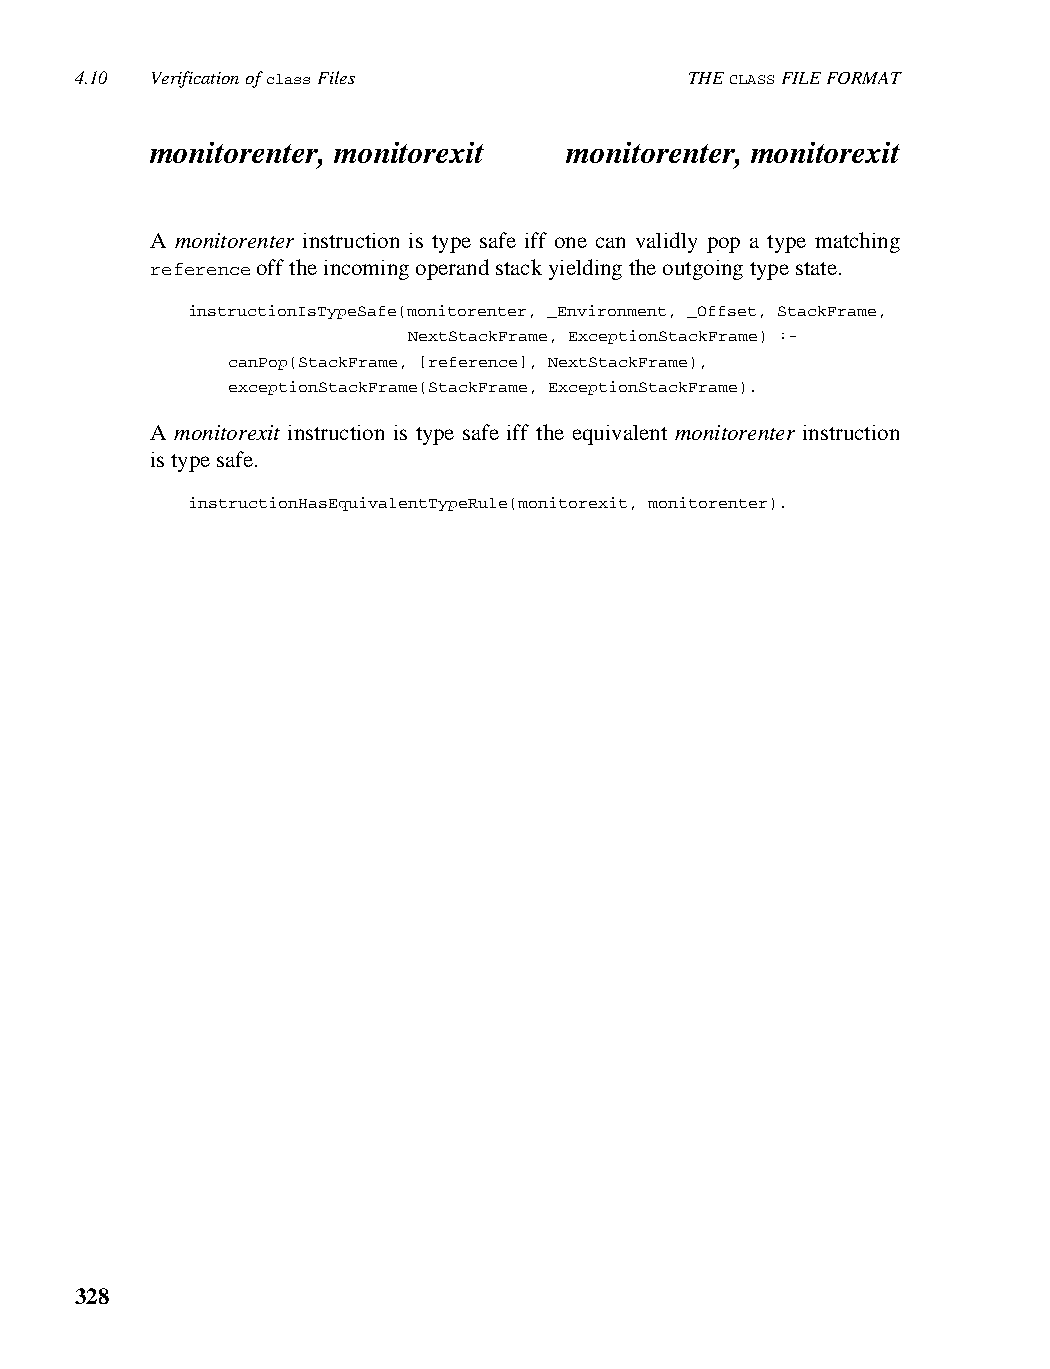
4.10 Verification of class Files         THE CLASS FILE FORMAT
 monitorenter, monitorexit  monitorenter, monitorexit
 A monitorenter instruction is type safe iff one can validly pop a type matching
 reference off the incoming operand stack yielding the outgoing type state.
 instructionIsTypeSafe(monitorenter, _Environment, _Offset, StackFrame,
 NextStackFrame, ExceptionStackFrame) :-
 canPop(StackFrame, [reference], NextStackFrame),
 exceptionStackFrame(StackFrame, ExceptionStackFrame).
 A monitorexit instruction is type safe iff the equivalent monitorenter instruction
 is type safe.
 instructionHasEquivalentTypeRule(monitorexit, monitorenter).
 328